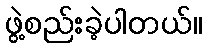
ဖွဲ့စည်းခဲ့ပါတယ်။